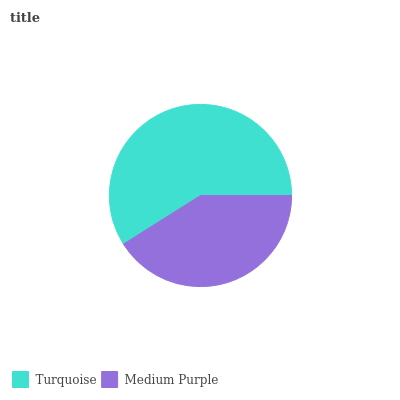
| Turquoise | Medium Purple |
 | --- | --- |
 | 58.9% | 41.1% |